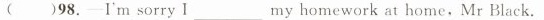
( )98. Im sorry I ___ my homework at home,Mr Black.